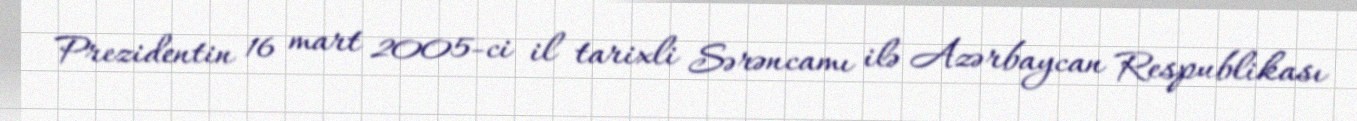
Prezidentin 16 mart 2005-ci il tarixli Sərəncamı ilə Azərbaycan Respublikası